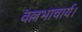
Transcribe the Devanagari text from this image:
वल्लभाचार्य।